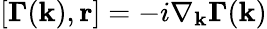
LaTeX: [\mathbf{\Gamma}(\mathbf{k}),\mathbf{r}]=-i\nabla_{\mathbf{k}}\mathbf{\Gamma}(\mathbf{k})